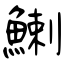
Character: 鯻